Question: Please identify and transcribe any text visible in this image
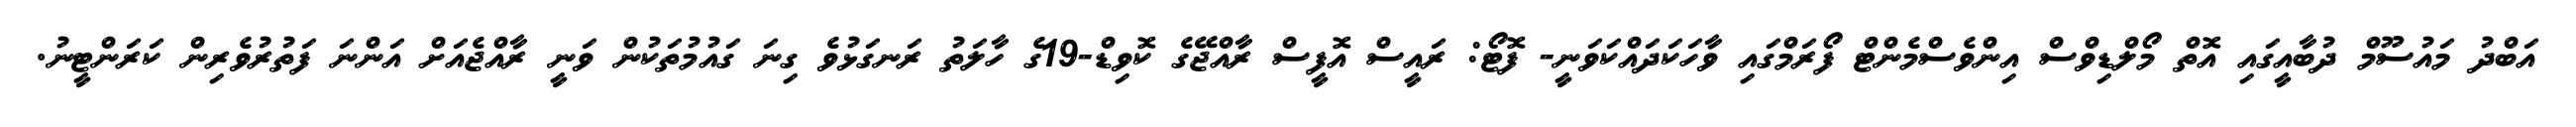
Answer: އަބްދު މައުސޫމް ދުބާއީގައި އޮތް މޯލްޑިވްސް އިންވެސްމެންޓް ފޯރަމްގައި ވާހަކަދައްކަވަނީ- ފޮޓޯ: ރައީސް އޮފީސް ރާއްޖޭގެ ކޮވިޑް-19ގެ ހާލަތު ރަނގަޅުވެ ގިނަ ގައުމުތަކުން ވަނީ ރާއްޖެއަށް އަންނަ ފަތުރުވެރިން ކަރަންޓީނު.